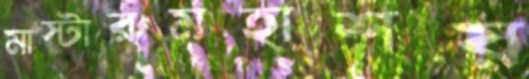
মাস্টারমহাশয়